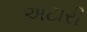
અટારી